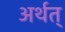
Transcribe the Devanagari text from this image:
अर्थत्